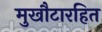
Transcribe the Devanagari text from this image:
मुखौटारहित